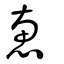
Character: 惠